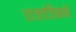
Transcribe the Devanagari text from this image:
राजाजिसमें